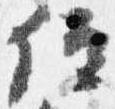
位